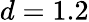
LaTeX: d=1.2